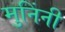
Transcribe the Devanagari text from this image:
मुनिंनी